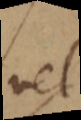
vel